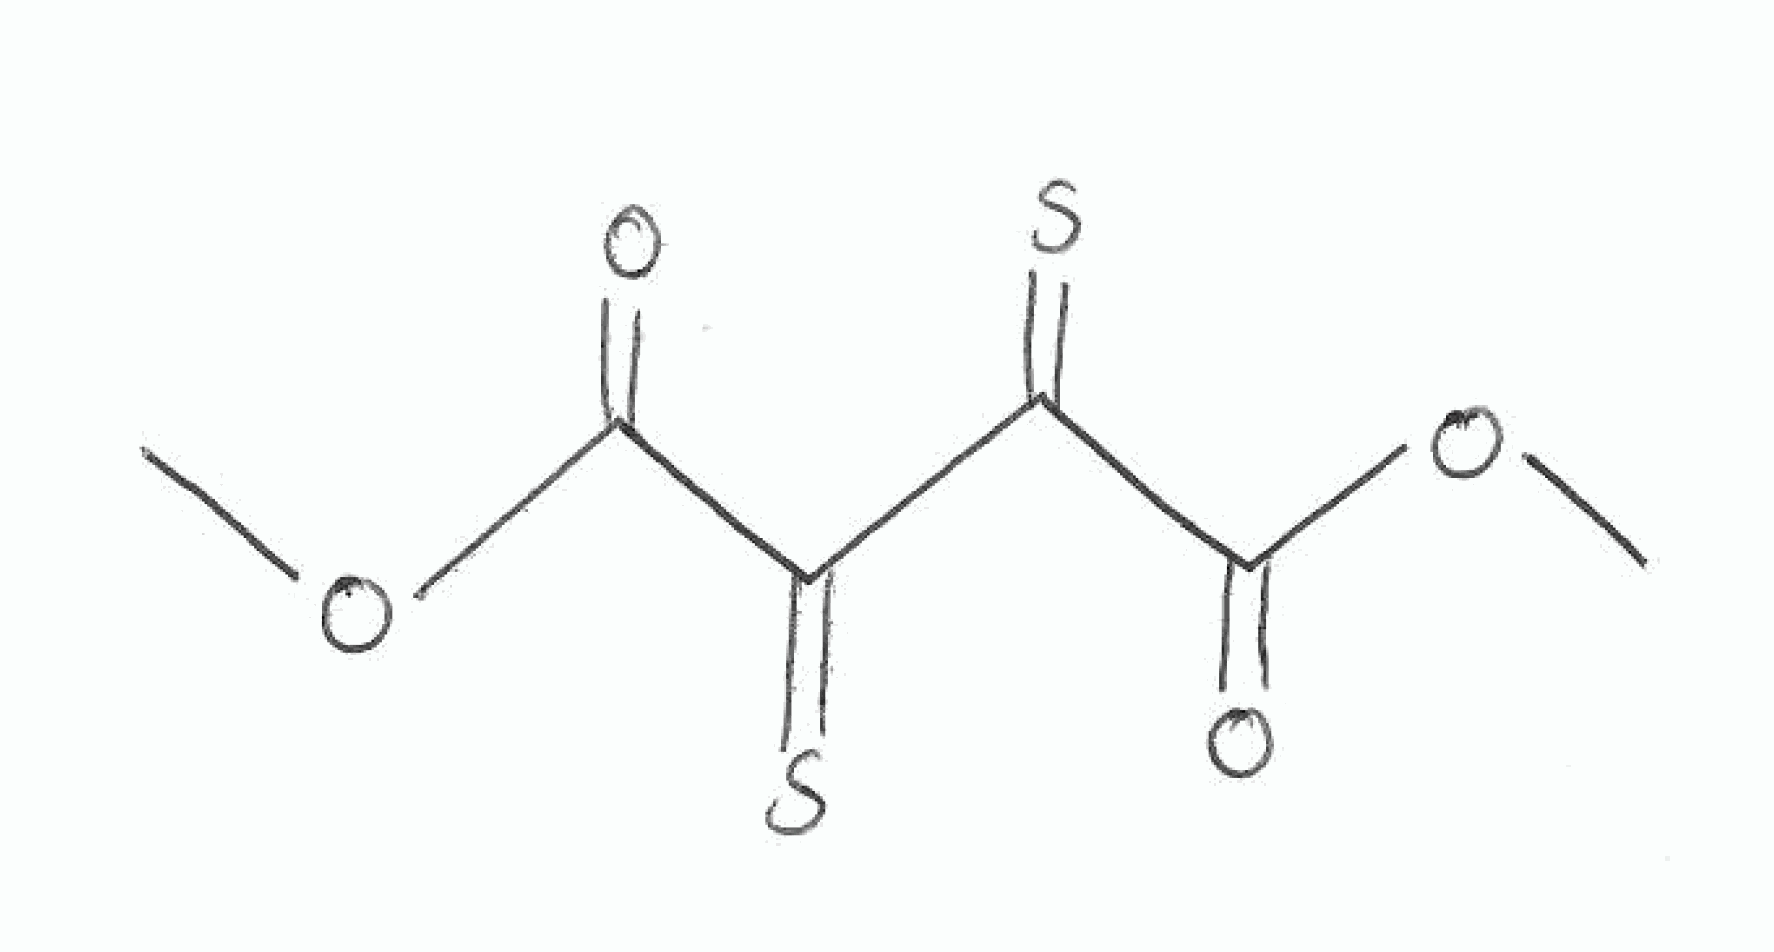
Simplified molecular-input line-entry system (SMILES) notation of the given molecule:
COC(=O)C(=S)C(=S)C(=O)OC